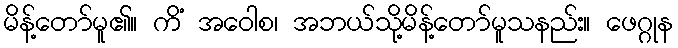
မိန့်တော်မူ၏။ ကိံ အဝေါစ၊ အဘယ်သို့မိန့်တော်မူသနည်း။ ဖေဂ္ဂုန